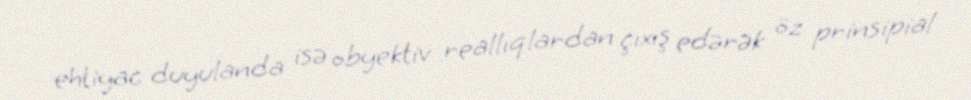
ehtiyac duyulanda isə obyektiv reallıqlardan çıxış edərək öz prinsipial